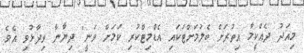
މިއަދު ދެއްކީމާ އިތުރަށް ބެލުމަށްޓަކައި އެޑްމިޓްކުރި ކަމަށް ވަނީ" ދިޔާނާ ވިދާޅުވި އެވެ.